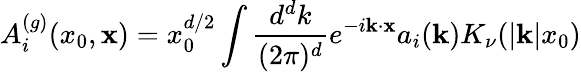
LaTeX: A_{i}^{(g)}(x_{0},{\mathbf x})=x_{0}^{d/2}\int{\frac{d^{d}k}{(2\pi)^{d}}}e^{-i{\mathbf k}\cdot{\mathbf x}}a_{i}({\mathbf k})K_{\nu}(|{\mathbf k}|x_{0})